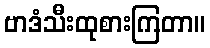
ဗာဒံသီးထုစားကြတာ။